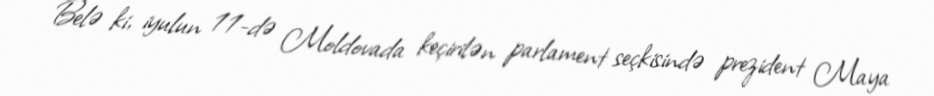
Belə ki, iyulun 11-də Moldovada keçirilən parlament seçkisində prezident Maya